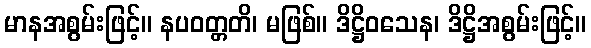
မာနအစွမ်းဖြင့်။ နပဝတ္တတိ၊ မဖြစ်။ ဒိဋ္ဌိဝသေန၊ ဒိဋ္ဌိအစွမ်းဖြင့်။